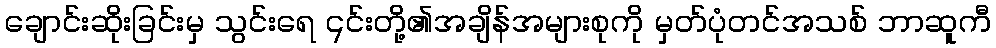
ချောင်းဆိုးခြင်းမှ သွင်းရေ ၎င်းတို့၏အချိန်အများစုကို မှတ်ပုံတင်အသစ် ဘာဆူကီ